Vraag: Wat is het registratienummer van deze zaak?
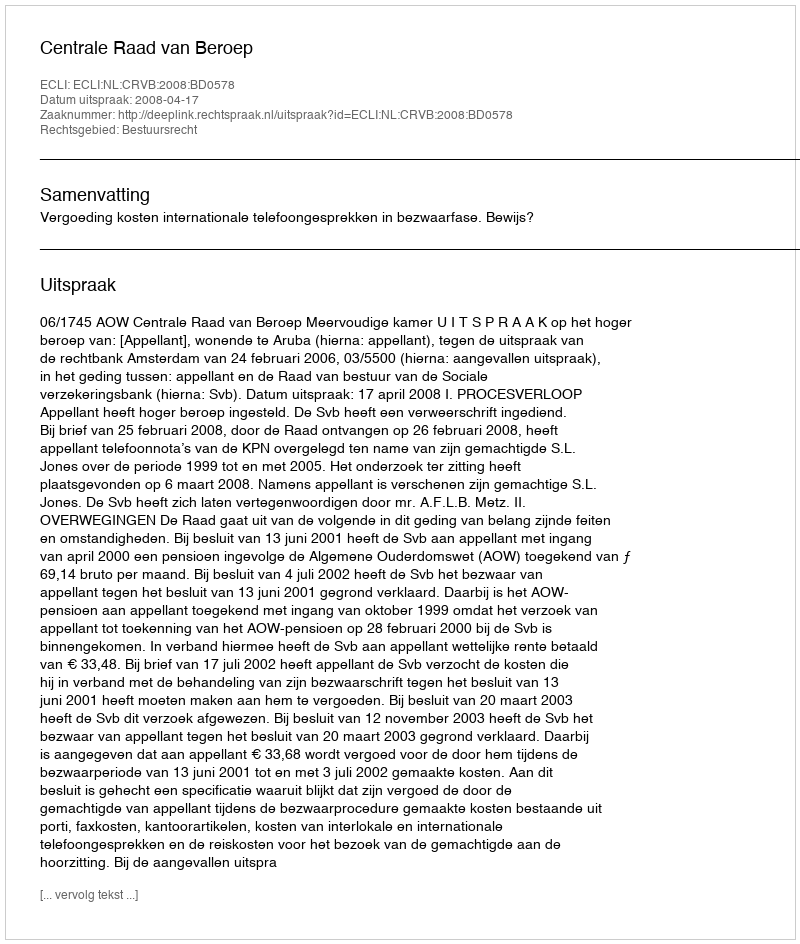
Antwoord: http://deeplink.rechtspraak.nl/uitspraak?id=ECLI:NL:CRVB:2008:BD0578